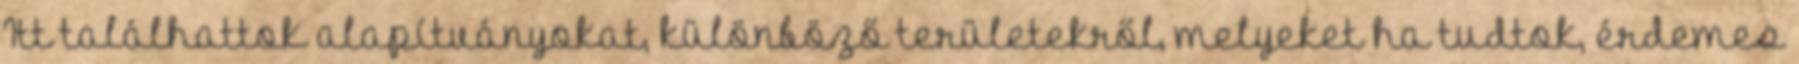
Itt találhattok alapítványokat, különböző területekről, melyeket ha tudtok, érdemes